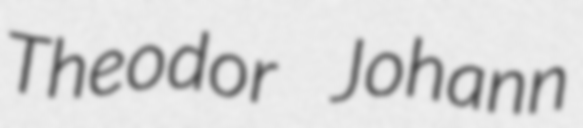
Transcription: Theodor Johann